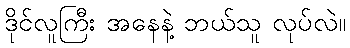
ဒိုင်လူကြီး အနေနဲ့ ဘယ်သူ လုပ်လဲ။